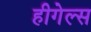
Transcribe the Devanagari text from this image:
हीगेल्स